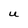
Character: U